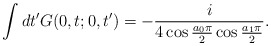
\begin{align*}\int dt'G(0,t;0,t') = -\frac{i}{4\cos\frac{a_{0}\pi}{2}\cos\frac{a_{1}\pi}{2}}.\end{align*}